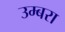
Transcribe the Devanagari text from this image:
उम्बरा